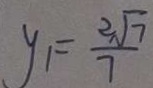
y _ { 1 } = \frac { 2 \sqrt { 7 } } { 7 }